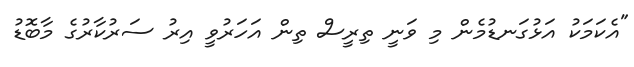
"އެކަމަކު އަޅުގަނޑުމެން މި ވަނީ ތިރީސް ތިން އަހަރުވީ އިރު ސަރުކާރުގެ މާބޮޑު